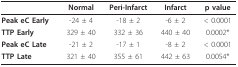
<table><thead><tr><td></td><td><b>Normal</b></td><td><b>Peri-Infarct</b></td><td><b>Infarct</b></td><td><b>p value</b></td></tr></thead><tbody><tr><td><b>Peak eC Early</b></td><td>-24 ± 4</td><td>-18 ± 2</td><td>-6 ± 2</td><td>&lt; 0.0001</td></tr><tr><td><b>TTP Early</b></td><td>329 ± 40</td><td>332 ± 36</td><td>440 ± 40</td><td>0.0002*</td></tr><tr><td><b>Peak eC Late</b></td><td>-21 ± 2</td><td>-17 ± 1</td><td>-8 ± 2</td><td>&lt; 0.0001</td></tr><tr><td><b>TTP Late</b></td><td>321 ± 40</td><td>355 ± 61</td><td>442 ± 63</td><td>0.0054*</td></tr></tbody></table>